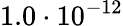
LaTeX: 1.0\cdot 10^{-12}